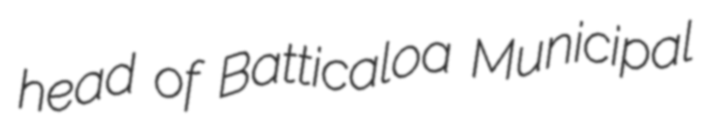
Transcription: head of Batticaloa Municipal